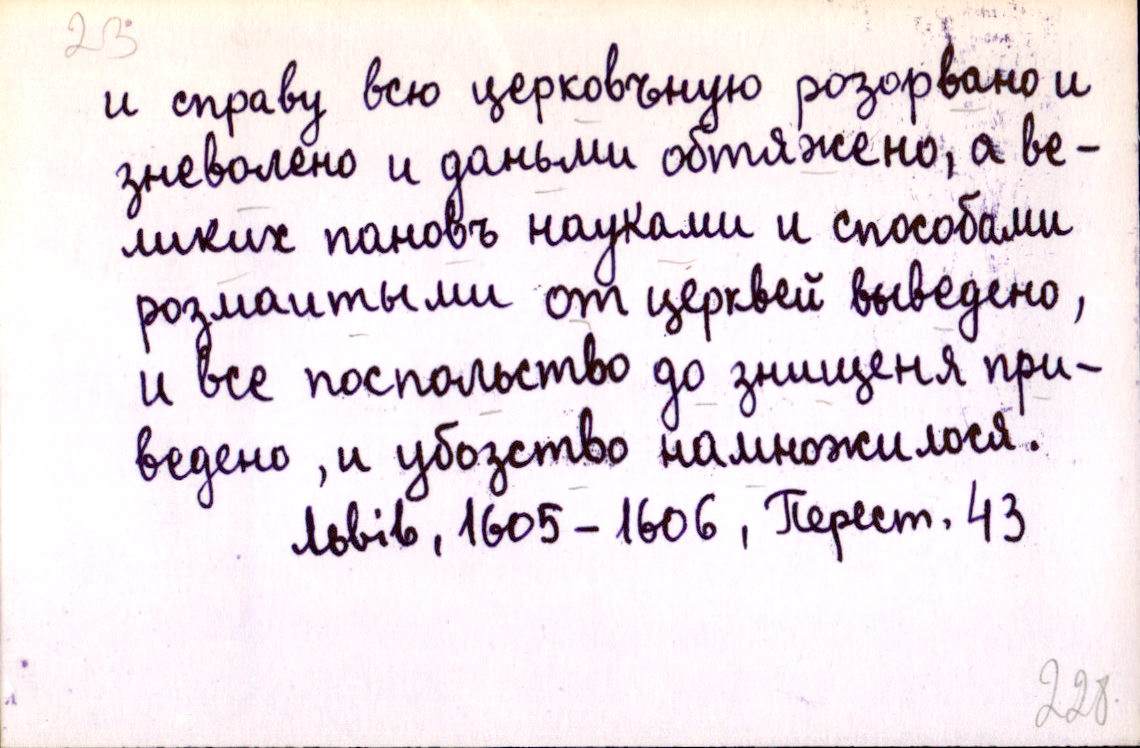
и справу всю церковъную розорвано и
зневолено и даньми обтяжено, а ве-
ликих пановъ науками и способами
розмаитыми от церквей выведено,
и все поспольство до знищеня при-
ведено, и убозство намножилося.
Львів, 1605-1606, Перест. 43